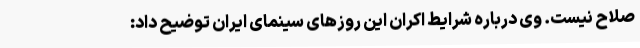
صلاح نیست. وی درباره شرایط اکران این روزهای سینمای ایران توضیح داد: